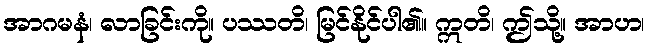
အာဂမနံ၊ လာခြင်းကို။ ပဿတိ၊ မြင်နိုင်ပါ၏။ ဣတိ၊ ဤသို့။ အာဟ၊